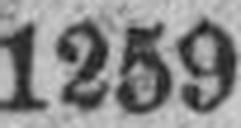
1259